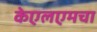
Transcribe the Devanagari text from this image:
केएलएमचा